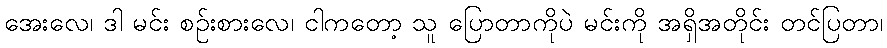
အေးလေ၊ ဒါ မင်း စဉ်းစားလေ၊ ငါကတော့ သူ ပြောတာကိုပဲ မင်းကို အရှိအတိုင်း တင်ပြတာ၊